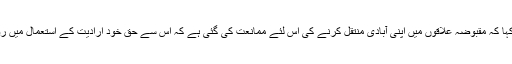
جج شانے نے کہا کہ مقبوضہ علاقوں میں اپنی آبادی منتقل کرنے کی اس لئے ممانعت کی گئی ہے کہ اس سے حقِ خود ارادیت کے استعمال میں روکاوٹ آتی ہے۔